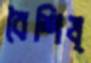
বৈশিষ্